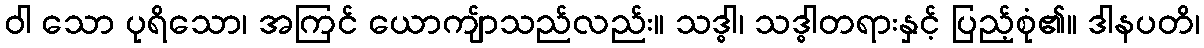
ဝါ သော ပုရိသော၊ အကြင် ယောကျ်ာသည်လည်း။ သဒ္ဓါ၊ သဒ္ဓါတရားနှင့် ပြည့်စုံ၏။ ဒါနပတိ၊